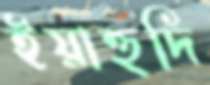
ইয়াহুদি